Civil Veterinary Dept. North-West Frontier Province 1923-32 - 1923-1932
Year: 1923
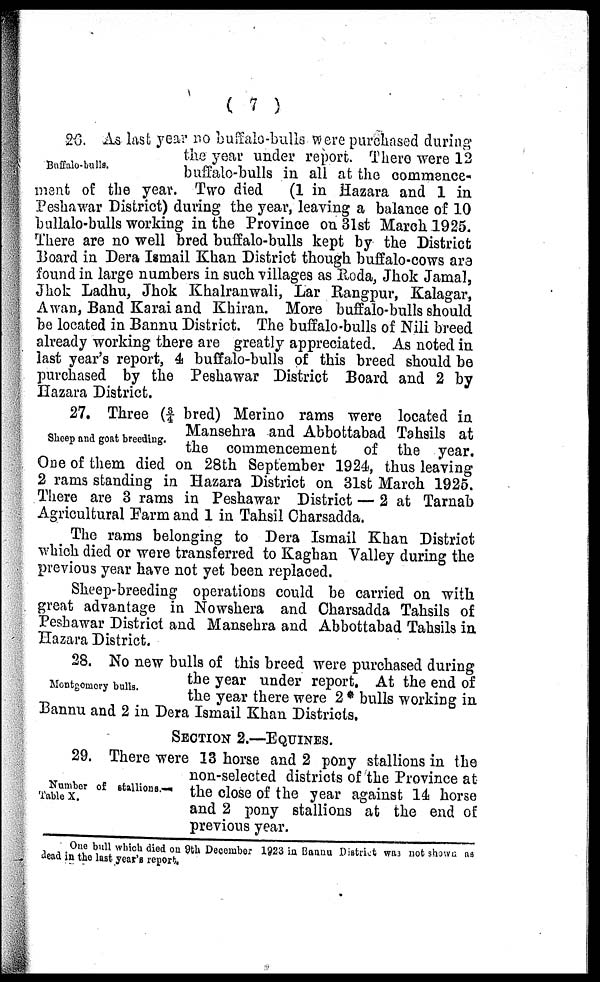
( 7 )
Buffalo-bulls.
26. As last year no buffalo-bulls were purchased during
the year under report. There were 12
buffalo-bulls in all at the commence-
ment of the year. Two died
(1 in Hazara and 1 in
Peshawar District) during the year, leaving a balance of 10
bullalo-bulls working in the Province on 31st March 1925.
There are no well bred buffalo-bulls kept by the District
Board in Dera Ismail Khan District though buffalo-cows are
found in large numbers in such villages as Roda, Jhok Jamal,
Jhok Ladhu, Jhok Khalranwali, Lar Rangpur, Kalagar,
Awan, Band Karai and Khiran. More buffalo-bulls should
be located in Bannu District. The buffalo-bulls of Nili breed
already working there are greatly appreciated. As noted in
last year's report, 4 buffalo-bulls of this breed should be
purchased by the Peshawar District Board and 2 by
Hazara District.
Sheep and goat breeding.
27. Three (3/4 bred) Merino rams were located in
Mansehra and Abbottabad Tahsils at
the commencement
of the year.
One of them died on 28th September 1924, thus leaving
2 rams standing in Hazara District on 31st March 1925.
There are 3 rams in Peshawar District — 2 at Tarnab
Agricultural Farm and 1 in Tahsil Charsadda.
The rams belonging to Dera Ismail Khan District
which died or were transferred to Kaghan Valley during the
previous year have not yet been replaced.
Sheep-breeding operations could be carried on with
great advantage in Nowshera and Charsadda Tahsils of
Peshawar District and Mansehra and Abbottabad Tahsils in
Hazara District.
Montgomery bulls.
28. No new bulls of this breed were purchased during
the year under report. At the end of
the year there were 2 * bulls working in
Bannu and 2 in Dera Ismail Khan Districts.
SECTION 2.—EQUINES.
Number of stallions.—
Table X.
29. There were 13 horse and 2 pony stallions in the
non-selected districts of the Province at
the close of the year against 14 horse
and 2 pony stallions at the end of
previous year.
One bull which died on 9th December 1923 in Bannu District was not shown as
dead in the last year's report.